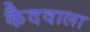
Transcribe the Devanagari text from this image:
कैदवाला